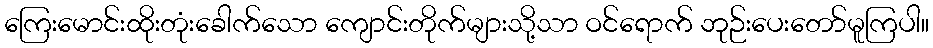
ကြေးမောင်းထိုးတုံးခေါက်သော ကျောင်းတိုက်များသို့သာ ဝင်ရောက် ဘုဉ်းပေးတော်မူကြပါ။